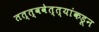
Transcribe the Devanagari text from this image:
तत्त्ववेत्त्यांकडून